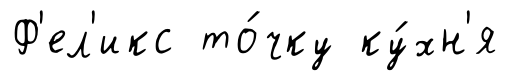
Ф'ел'икс то́чку ку́хн'я